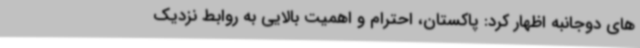
های دوجانبه اظهار کرد: پاکستان، احترام و اهمیت بالایی به روابط نزدیک